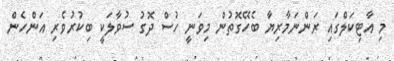
މި އާޓިކަލްގައި ރަންނަމާރިޔާ ބެހޭގޮތުން މިވަނީ ހުސް ދޮގު ސުވާލަކީ ބިކުރުވެރި އަންހެން